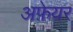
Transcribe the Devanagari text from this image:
अफ़ेयर